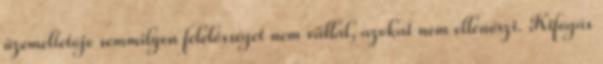
üzemeltetője semmilyen felelősséget nem vállal, azokat nem ellenőrzi. Kifogás